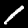
Label: 1